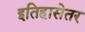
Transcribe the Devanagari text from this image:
इतिहासेतर